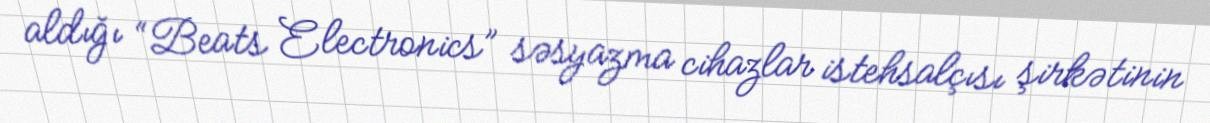
aldığı “Beats Electronics” səsyazma cihazlar istehsalçısı şirkətinin